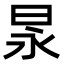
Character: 㫤